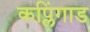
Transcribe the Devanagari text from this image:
कप्लिंगाड